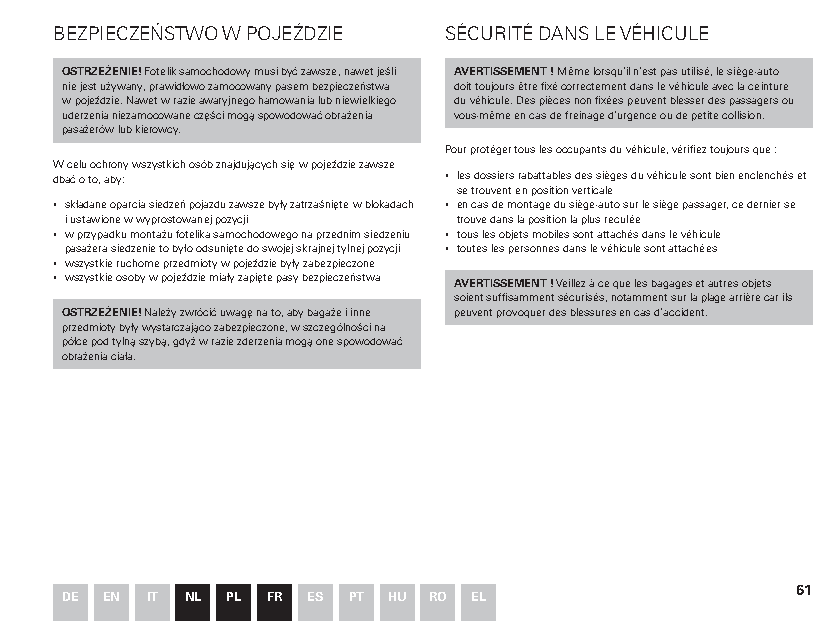
BEZPIECZEŃSTWO W POJEŹDZIE SÉCURITÉ DANS LE VÉHICULE
 OSTRZEŻENIE! Fotelik samochodowy musi być zawsze, nawet jeśli AVERTISSEMENT ! Même lorsqu’il n’est pas utilisé, le siège-auto
 nie jest używany, prawidłowo zamocowany pasem bezpieczeństwa doit toujours être fixé correctement dans le véhicule avec la ceinture
 w pojeździe. Nawet w razie awaryjnego hamowania lub niewielkiego du véhicule. Des pièces non fixées peuvent blesser des passagers ou
 uderzenia niezamocowane części mogą spowodować obrażenia vous-même en cas de freinage d’urgence ou de petite collision.
 pasażerów lub kierowcy.
 Pour protéger tous les occupants du véhicule, vérifiez toujours que :
 W celu ochrony wszystkich osób znajdujących się w pojeździe zawsze
 dbać o to, aby:          ▪ les dossiers rabattables des sièges du véhicule sont bien enclenchés et
 se trouvent en position verticale
 ▪ składane oparcia siedzeń pojazdu zawsze były zatrzaśnięte w blokadach ▪ en cas de montage du siège-auto sur le siège passager, ce dernier se
 i ustawione w wyprostowanej pozycji trouve dans la position la plus reculée
 ▪ w przypadku montażu fotelika samochodowego na przednim siedzeniu ▪ tous les objets mobiles sont attachés dans le véhicule
 pasażera siedzenie to było odsunięte do swojej skrajnej tylnej pozycji ▪ toutes les personnes dans le véhicule sont attachées
 ▪ wszystkie ruchome przedmioty w pojeździe były zabezpieczone
 ▪ wszystkie osoby w pojeździe miały zapięte pasy bezpieczeństwa AVERTISSEMENT ! Veillez à ce que les bagages et autres objets
 soient suffisamment sécurisés, notamment sur la plage arrière car ils
 OSTRZEŻENIE! Należy zwrócić uwagę na to, aby bagaże i inne peuvent provoquer des blessures en cas d’accident.
 przedmioty były wystarczająco zabezpieczone, w szczególności na
 półce pod tylną szybą, gdyż w razie zderzenia mogą one spowodować
 obrażenia ciała.
 61
 DE EN IT NL PL FR ES PT HU RO EL